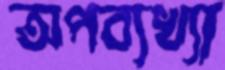
অপব্যখ্যা